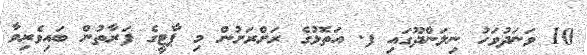
10 ވަނަދުވަހު ނިލަންދޫގައި ފ. އަތޮޅުގެ ރަށްރަށުން މި ޕާޓީގެ ފަރާތުން ބައިވެރިވާ